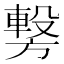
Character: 𭥂